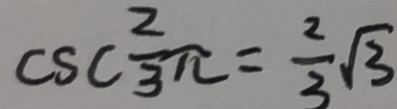
c s c \frac { 2 } { 3 } \pi = \frac { 2 } { 3 } \sqrt { 3 }